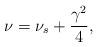
LaTeX: \begin{align*}\nu=\nu_s+\frac{\gamma^2}{4},\end{align*}